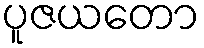
ပူဇယတော